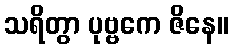
သရိတွာ ပုဗ္ဗကေ ဇိနေ။